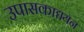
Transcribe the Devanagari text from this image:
उपासकाद्ययन